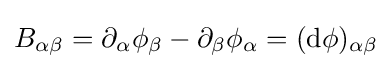
B_{\alpha \beta }=\partial _{\alpha }\phi _{\beta }-\partial _{\beta }\phi _{\alpha }=(\mathrm {d} \phi )_{\alpha \beta }